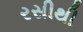
રસીથી